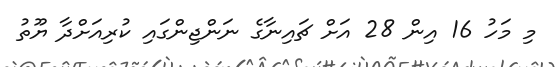
މި މަހު 16 އިން 28 އަށް ޗައިނާގެ ނަންޖިންގައި ކުރިއަށްދާ ޔޫތު